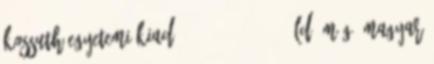
Kossuth Egyetemi Kiadó, 1998. – 337-352. Ld. még: Magyar